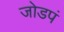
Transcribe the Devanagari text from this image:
जोडपं